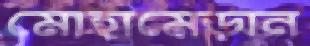
মোহামেডান